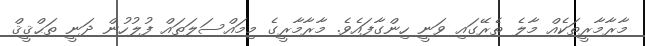
މާރާމާރީތަކެއް މާލެ ތެރޭގައި ވަނީ ހިންގާފައެވެ. މާރާމާރީގެ މިމައްސަލަތައް ފުލުހުން ދަނީ ތަޙްޤީޤް